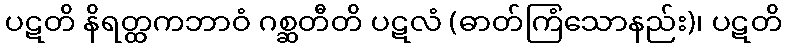
ပဋတိ နိရတ္ထကဘာဝံ ဂစ္ဆတီတိ ပဋလံ (ဓာတ်ကြံသောနည်း)၊ ပဋတိ